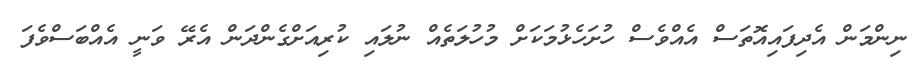
ނިންމަން އެދިފައިއޮތަސް އެއްވެސް ހުށަހެޅުމަކަށް މުހުލަތެއް ނުލައި ކުރިއަށްގެންދަން އެރޭ ވަނީ އެއްބަސްވެފަ